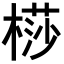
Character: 𣘡